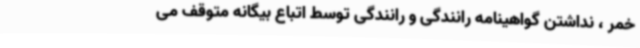
خمر ، نداشتن گواهینامه رانندگی و رانندگی توسط اتباع بیگانه متوقف می